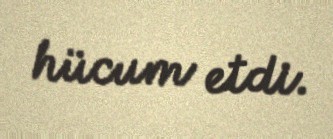
hücum etdi.